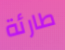
طارئة